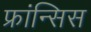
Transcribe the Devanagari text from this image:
फ्रांन्सिस